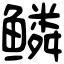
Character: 鳞